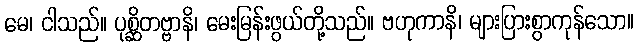
မေ၊ ငါသည်။ ပုစ္ဆိတဗ္ဗာနိ၊ မေးမြန်းဖွယ်တို့သည်။ ဗဟုကာနိ၊ များပြားစွာကုန်သော။